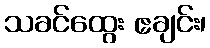
သခင်ထွေး ဧချင်း၊